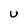
Character: u